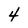
Character: 4